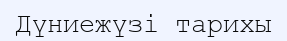
Дүниежүзі тарихы